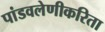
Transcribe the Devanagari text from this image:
पांडवलेणीकरिता